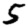
Digit: 5